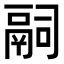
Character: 𬴴